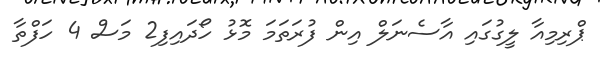
ޕްރިމިއާ ލީގުގައި އާސެނަލް އިން ފުރަތަމަ މޮޅު ހޯދައިފި2 މަސް 4 ހަފްތާ